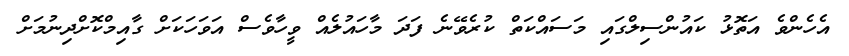
އެހެންވެ އަތޮޅު ކައުންސިލްގައި މަސައްކަތް ކުރެވޭނެ ފަދަ މާހައުލެއް ވީހާވެސް އަވަހަކަށް ގާއިމްކޮށްދިނުމަށް